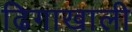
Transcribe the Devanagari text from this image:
ढिगाखाली